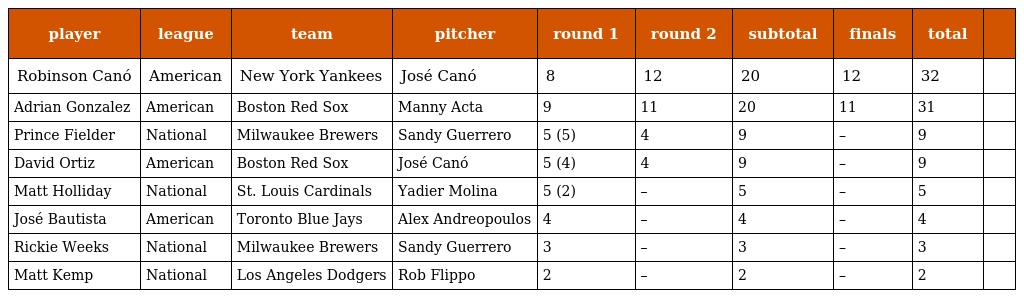
| player | league | team | pitcher | round 1 | round 2 | subtotal | finals | total |  |
 | --- | --- | --- | --- | --- | --- | --- | --- | --- | --- |
 | Robinson Canó | American | New York Yankees | José Canó | 8 | 12 | 20 | 12 | 32 |  |
 | Adrian Gonzalez | American | Boston Red Sox | Manny Acta | 9 | 11 | 20 | 11 | 31 |  |
 | Prince Fielder | National | Milwaukee Brewers | Sandy Guerrero | 5 (5) | 4 | 9 | – | 9 |  |
 | David Ortiz | American | Boston Red Sox | José Canó | 5 (4) | 4 | 9 | – | 9 |  |
 | Matt Holliday | National | St. Louis Cardinals | Yadier Molina | 5 (2) | – | 5 | – | 5 |  |
 | José Bautista | American | Toronto Blue Jays | Alex Andreopoulos | 4 | – | 4 | – | 4 |  |
 | Rickie Weeks | National | Milwaukee Brewers | Sandy Guerrero | 3 | – | 3 | – | 3 |  |
 | Matt Kemp | National | Los Angeles Dodgers | Rob Flippo | 2 | – | 2 | – | 2 |  |